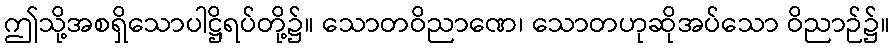
ဤသို့အစရှိသောပါဋ္ဌိရပ်တို့၌။ သောတဝိညာဏေ၊ သောတဟုဆိုအပ်သော ဝိညာဉ်၌။